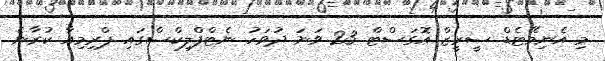
މި އެނިމޭޓެޑް ސީރީޒް އޮގަސްޓް 23 ވަނަ ދުވަހު ނެޓްފްލިކްސްގައި ޕްރިމިއާ ކުރާނެ